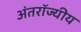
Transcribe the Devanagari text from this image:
अंतरॉज्यीय